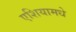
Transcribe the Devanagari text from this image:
एशियामधे